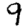
Digit: 9